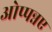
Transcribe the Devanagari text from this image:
ओप्पन्नए